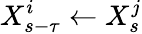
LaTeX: X_{s-\tau}^{i}\leftarrow X_{s}^{j}